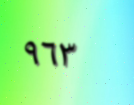
٩٦٣